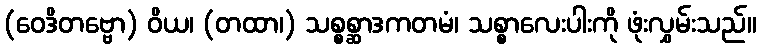
(ဝေဒိတဗ္ဗော) ဝိယ၊ (တထာ၊) သစ္စစ္ဆာဒကတမံ၊ သစ္စာလေးပါးကို ဖုံးလွှမ်းသည်။